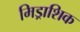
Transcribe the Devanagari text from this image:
मिड्राशिक